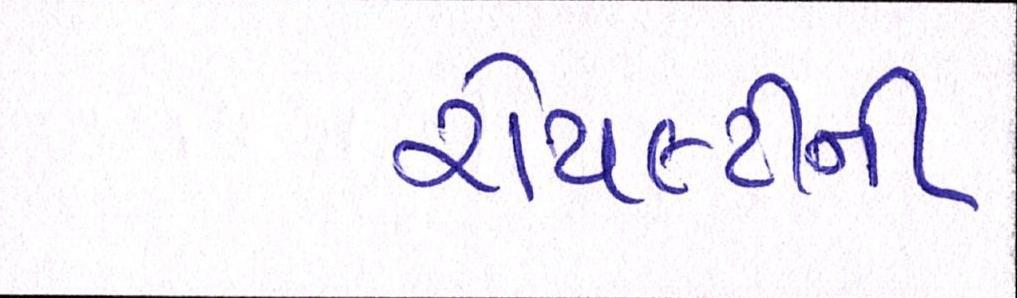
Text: રોયલ્ટીની